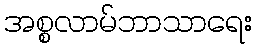
အစ္စလာမ်ဘာသာရေး